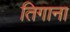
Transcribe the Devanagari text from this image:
तिगाना